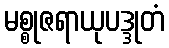
မစ္စုဇရာယုပဒ္ဒုတံ